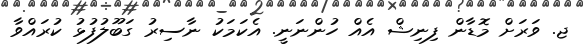
ޖ. ވަރަށް މޮޑާން ފިނިޝް އެއް ހުންނަނީ. އެކަމަކު ނާސިރު ގަބޫލުފުޅު ކުރައްވާ